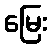
မြေး